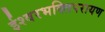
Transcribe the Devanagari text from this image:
ईश्वरभक्तिपरायण